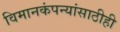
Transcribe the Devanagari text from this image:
विमानकंपन्यांसाठीही